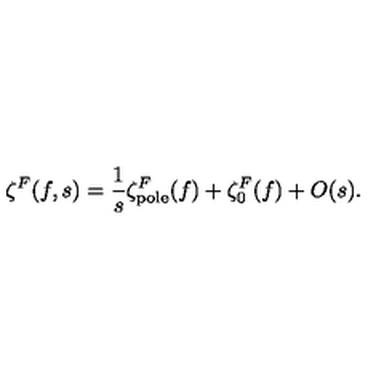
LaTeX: \zeta ^ { F } ( f , s ) = \frac 1 s \zeta _ { \mathrm { \scriptsize p o l e } } ^ { F } ( f ) + \zeta _ { 0 } ^ { F } ( f ) + O ( s ) .